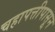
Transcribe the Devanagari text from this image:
चहापत्तीपासून